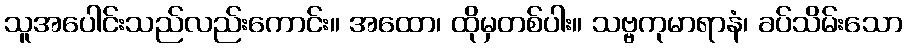
သူအပေါင်းသည်လည်းကောင်း။ အထော၊ ထိုမှတစ်ပါး။ သဗ္ဗကုမာရာနံ၊ ခပ်သိမ်းသော